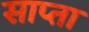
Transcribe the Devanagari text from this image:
साप्ता